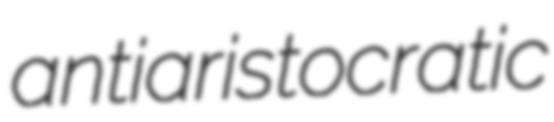
antiaristocratic